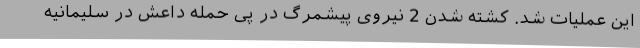
این عملیات شد. کشته شدن 2 نیروی پیشمرگ در پی حمله داعش در سلیمانیه